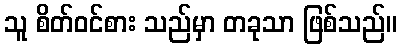
သူ စိတ်ဝင်စား သည်မှာ တခုသာ ဖြစ်သည်။